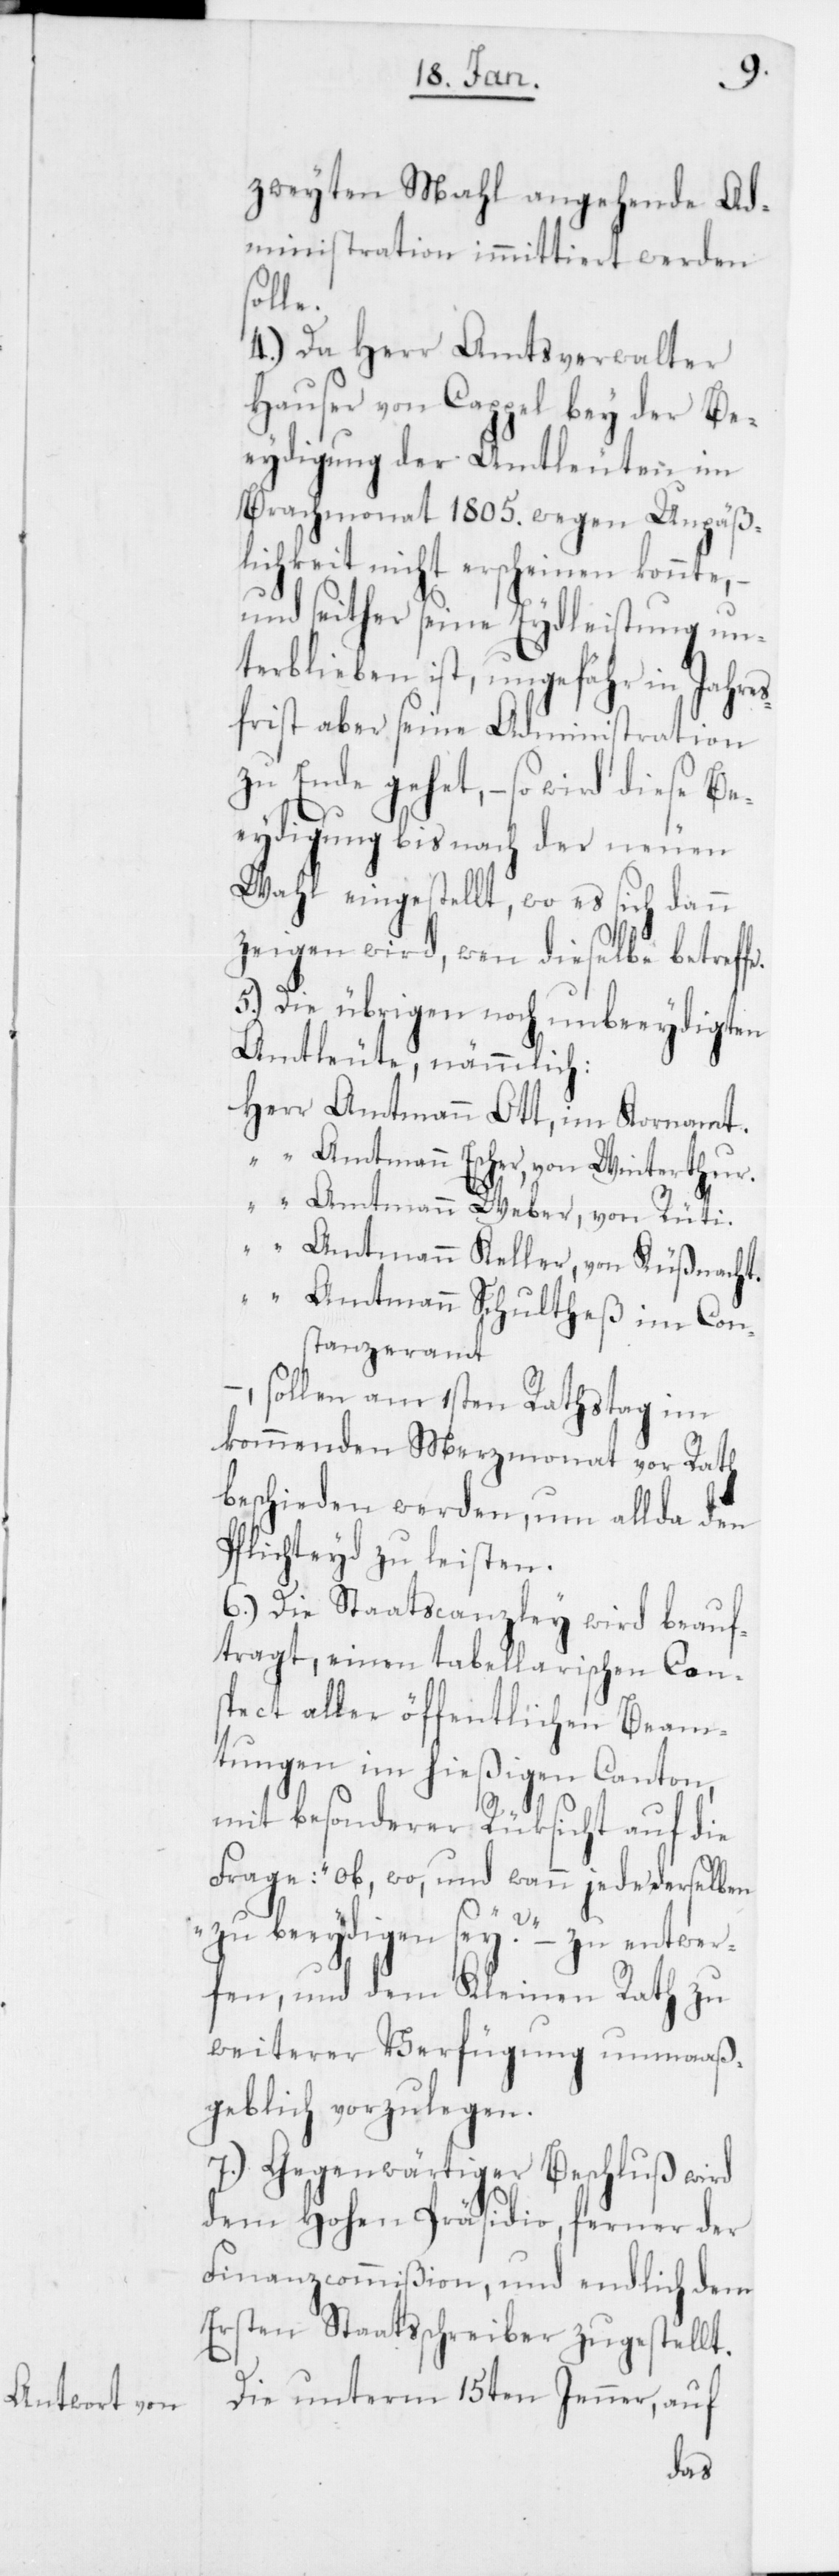
zweyten Mahl angehende Ad¬
ministration immittiert werden
solle.
4.) Da Herr Amtsverwalter
Hauser von Cappel bey der Be¬
eydigung der Amtleuten im
Brachmonat 1805. wegen Unpäß¬
lichkeit nicht erscheinen konnte,
und seither seine Eydleistung un¬
terblieben ist, ungefähr in Jahres¬
frist aber seine Administration
zu Ende gehet, – so wird diese Be¬
eydigung bis nach der neuen
Wahl eingestellt, wo es sich dann
zeigen wird, wen dieselbe betreff¬
5.) Die übrigen noch unbeeydigten
Amtleute, nämmlich:
Herr Amtmann Ott, im Kornamt.
“ Amtmann Escher, von Winterthur.
“ Amtmann Weber, von Rüti.
“ Amtmann Keller, von Küßnacht.
“ Amtmann Schultheß im Con¬
stanzeramt
– sollen am ersten Rathstag im
kommenden Merzmonat vor Rath
beschieden werden, um allda den
Pflichteyd zu leisten.
6.) Die Staatscanzley wird beauf¬
tragt, einen tabellarischen Con¬
spect aller öffentlichen Beam¬
tungen im hießigen Canton,
mit besonderer Rüksicht auf die
Frage: „ob, wo und wann jede derselben
e.
zu beeydigen sey?“ – zu entwer¬
fen, und dem Kleinen Rath zu
weiterer Verfügung unmaaß¬
geblich vorzulegen.
7.) Gegenwärtiger Beschluß wird
dem Hohen Präsidio, ferner der
Finanzcommißion, und endlich dem
Ersten Staatsschreiber zugestellt.
Die unterm 15ten Jenner, auf